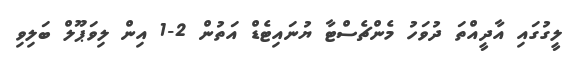
ލީގުގައި އާދީއްތަ ދުވަހު މެންޗެސްޓާ ޔުނައިޓެޑް އަތުން 2-1 އިން ލިވަޕޫލް ބަލިވި